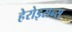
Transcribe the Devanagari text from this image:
हेरोइसन्स